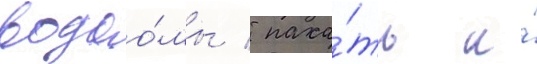
водоо́мы / паха́ть и́